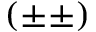
( \pm \pm )